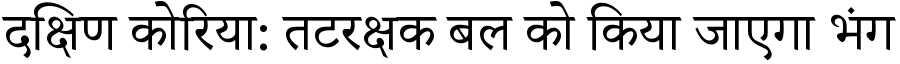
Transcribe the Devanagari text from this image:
दक्षिण कोरिया: तटरक्षक बल को किया जाएगा भंग